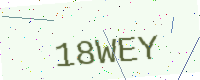
Text: 18WEY